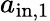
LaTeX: a_{\mathrm{in,1}}